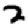
Digit: 2